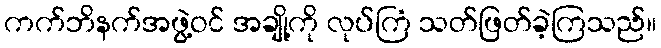
ကက်ဘိနက်အဖွဲ့ဝင် အချို့ကို လုပ်ကြံ သတ်ဖြတ်ခဲ့ကြသည်။